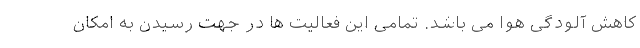
کاهش آلودگی هوا می باشد. تمامی این فعالیت ها در جهت رسیدن به امکان